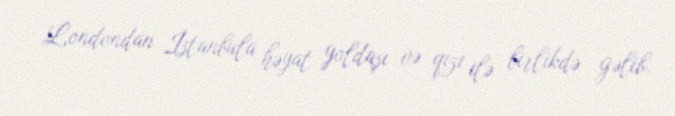
Londondan İstanbula həyat yoldaşı və qızı ilə birlikdə gəlib.